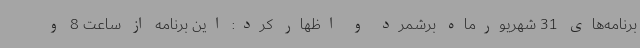
برنامه‌های 31 شهریورماه برشمرد و اظهار کرد: این برنامه از ساعت 8 و